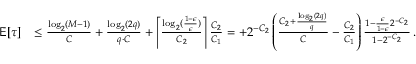
\begin{array} { r l } { \mathsf { E } [ \tau ] } & { \le \frac { \log _ { 2 } ( M - 1 ) } { C } + \frac { \log _ { 2 } ( 2 q ) } { q \cdot C } + \left\lceil \frac { \log _ { 2 } ( \frac { 1 - \epsilon } { \epsilon } ) } { C _ { 2 } } \right\rceil \frac { C _ { 2 } } { C _ { 1 } } = + 2 ^ { - C _ { 2 } } \left( \frac { C _ { 2 } + \frac { \log _ { 2 } ( 2 q ) } { q } } { C } - \frac { C _ { 2 } } { C _ { 1 } } \right) \frac { 1 - \frac { \epsilon } { 1 - \epsilon } 2 ^ { - C _ { 2 } } } { 1 - 2 ^ { - C _ { 2 } } } \, . } \end{array}